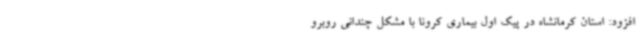
افزود: استان کرمانشاه در پیک اول بیماری کرونا با مشکل چندانی روبرو